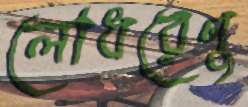
লোধরেণু